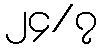
၂၄/၇